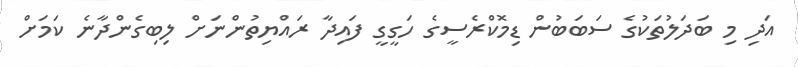
އަދި މި ބަދަލުތަކުގެ ސަބަބުން ޑިމޮކްރެސީގެ ހަގީގީ ފައިދާ ރައްޔިތުންނަށް ލިބިގެންދާނެ ކަމަށް